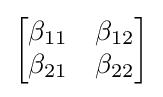
{\begin{bmatrix}\beta _{11}&\beta _{12}\\\beta _{21}&\beta _{22}\end{bmatrix}}